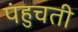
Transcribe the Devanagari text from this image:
पंहुचती